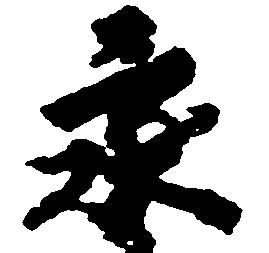
永